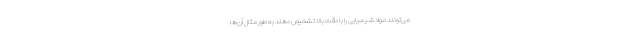
می‌تونند مواد شیمیایی را با دقت بالا تشخیص دهند به طور مثال آن‌ها